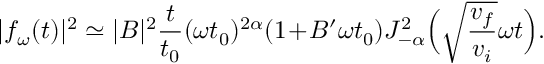
| f _ { \omega } ( t ) | ^ { 2 } \simeq | B | ^ { 2 } \frac { t } { t _ { 0 } } ( \omega t _ { 0 } ) ^ { 2 \alpha } ( 1 \! + \! B ^ { \prime } \omega t _ { 0 } ) J _ { - \alpha } ^ { 2 } \Big ( \sqrt { \frac { v _ { f } } { v _ { i } } } \omega t \Big ) .